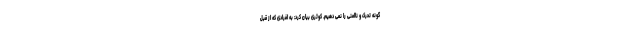
گونه تحرک و ناامنی را نمی دهیم. کوثری بیان کرد: به افرادی که از قبل